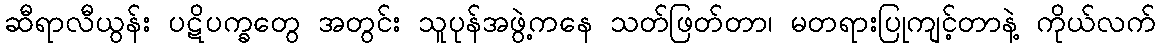
ဆီရာလီယွန်း ပဋိပက္ခတွေ အတွင်း သူပုန်အဖွဲ့ကနေ သတ်ဖြတ်တာ၊ မတရားပြုကျင့်တာနဲ့ ကိုယ်လက်